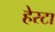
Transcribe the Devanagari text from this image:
हेरटा